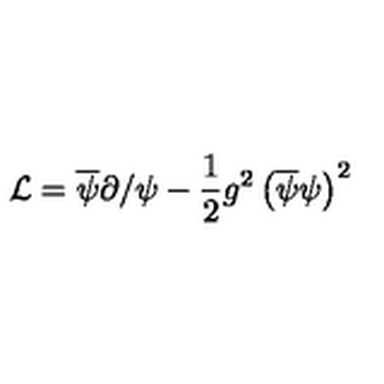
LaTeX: \mathcal { L } = \overline { { \psi } } \partial / \psi - \frac { 1 } { 2 } g ^ { 2 } \left( \overline { { \psi } } \psi \right) ^ { 2 }